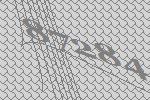
87284